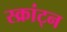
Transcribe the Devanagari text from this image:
स्क्रांट्न